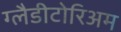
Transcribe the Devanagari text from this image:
ग्लैडीटोरिअम